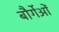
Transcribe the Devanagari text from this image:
बौर्गेओं